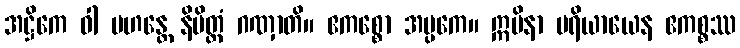
အဋ္ဌိကေ ဝါ မဟန္တေ နိမိတ္တံ ဂဏှာတိ။ ဧကစ္စော အပ္ပကေ။ ဣမိနာ ပရိယာယေန ဧကစ္စဿ